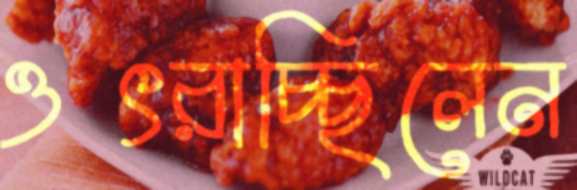
ওৎরাচ্ছিলেন